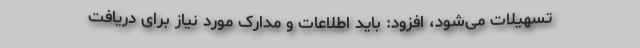
تسهیلات می‌شود، افزود: باید اطلاعات و مدارک مورد نیاز برای دریافت